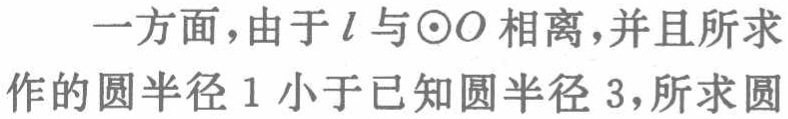
一方面，由于\(l\)与\(\odot O\)相离，并且所求作的圆半径\(1\)小于已知圆半径\(3\)，所求圆